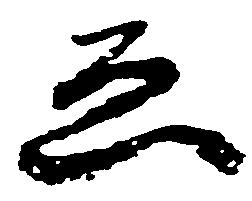
ゑ